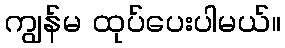
ကျွန်မ ထုပ်ပေးပါမယ်။